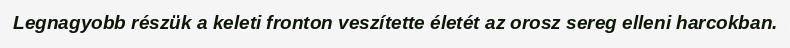
Legnagyobb részük a keleti fronton veszítette életét az orosz sereg elleni harcokban.